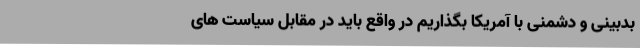
بدبینی و دشمنی با آمریکا بگذاریم در واقع باید در مقابل سیاست های